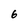
Character: 6